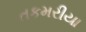
તકમરીયા